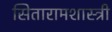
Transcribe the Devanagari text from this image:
सितारामशास्त्री